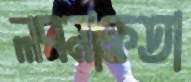
লবনাক্ততা